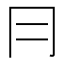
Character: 冃